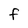
Character: F